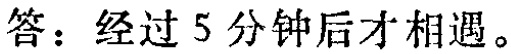
答：经过5分钟后才相遇。